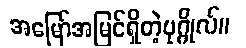
အမြော်အမြင်ရှိတဲ့ပုဂ္ဂိုလ်။